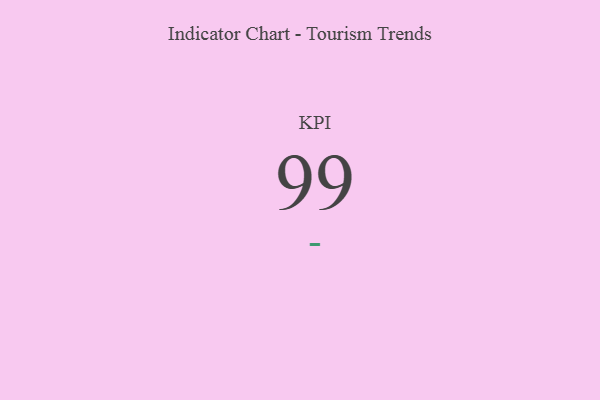
{"axis": {"x": "KPI", "y": "Value"}, "legend": [""], "data": [{"x": "KPI", "y": 99, "type": ""}]}